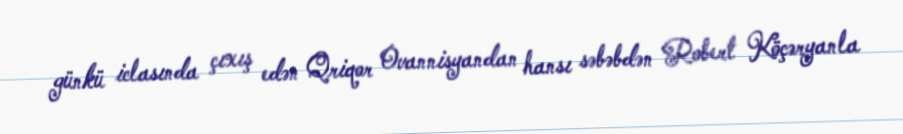
günkü iclasında çıxış edən Qriqor Ovannisyandan hansı səbəbdən Robert Köçəryanla